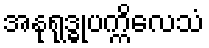
အနုရုဒ္ဓုပက္ကိလေသံ